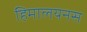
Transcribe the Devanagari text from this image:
हिमालयनस